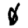
Digit: 0